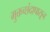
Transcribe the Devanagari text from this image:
मुक्तच्‍छंदापासून